Development of the Leishman-Donovan parasite in Cimex rotundatus - Number 31
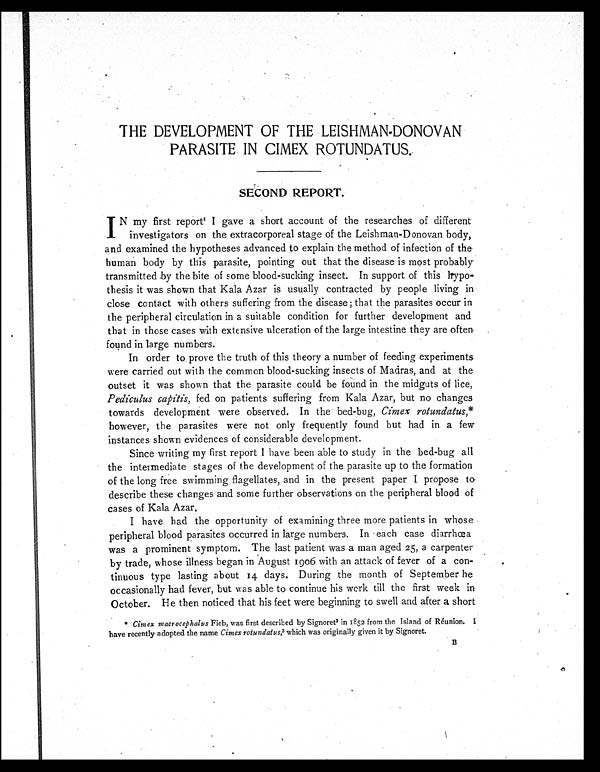
THE DEVELOPMENT OF THE LEISHMAN-DONOVAN
PARASITE IN CIMEX ROTUNDATUS.
SECOND REPORT.
IN my first report1 I gave a short account of the researches of different
investigators on the extracorporeal stage of the Leishman-Donovan body,
and examined the hypotheses advanced to explain the method of infection of the
human body by this parasite, pointing out that the disease is most probably
transmitted by the bite of some blood-sucking insect. In support of this hypo-
thesis it was shown that Kala Azar is usually contracted by people living in
close contact with others suffering from the disease; that the parasites occur in
the peripheral circulation in a suitable condition for further development and
that in those cases with extensive ulceration of the large intestine they are often
found in large numbers.
In order to prove the truth of this theory a number of feeding experiments
were carried out with the common blood-sucking insects of Madras, and at the
outset it was shown that the parasite could be found in the midguts of lice,
Pediculus capitis, fed on patients suffering from Kala Azar, but no changes
towards development were observed. In the bed-bug, Cimex rotundatus, *
however, the parasites were not only frequently found but had in a few
instances shown evidences of considerable development.
Since writing my first report I have been able to study in the bed-bug all
the intermediate stages of the development of the parasite up to the formation
of the long free swimming flagellates, and in the present paper I propose to
describe these changes and some further observations on the peripheral blood of
cases of Kala Azar.
I have had the opportunity of examining three more patients in whose
peripheral blood parasites occurred in large numbers. In each case diarrhœa
was a prominent symptom. The last patient was a man aged 25, a carpenter
by trade, whose illness began in August 1906 with an attack of fever of a con-
tinuous type lasting about 14 days. During the month of September he
occasionally had fever, but was able to continue his work till the first week in
October. He then noticed that his feet were beginning to swell and after a short
* Cimex macrocephalus Fieb, was first described by Signoret2 in 1852 from the Island of Réunion. I
have recently adopted the name Cimex rotundatus,3 which was originally given it by Signoret.
B